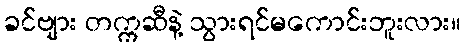
ခင်ဗျား တက္ကဆီနဲ့ သွားရင်မကောင်းဘူးလား။